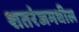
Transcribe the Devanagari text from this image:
शतरंजमधील